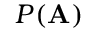
P ( \mathbf { A } )